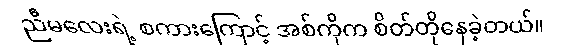
ညီမလေးရဲ့ စကားကြောင့် အစ်ကိုက စိတ်တိုနေခဲ့တယ်။